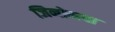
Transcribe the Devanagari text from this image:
जिनोमचा